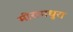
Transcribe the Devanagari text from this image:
मीरामधुरा